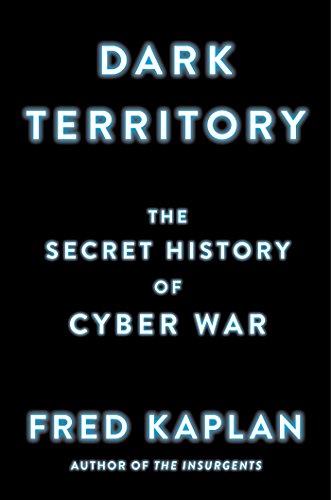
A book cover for Dark Territory: The Secret History of Cyber War; Fred Kaplan; Computers & Technology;